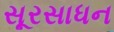
સૂરસાધન